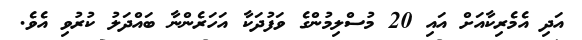
އަދި އެމެރިކާއަށް އައި 20 މުސްލިމުންގެ ވަފުދަކާ އަހަރެންނާ ބައްދަލު ކުރުވި އެވެ.